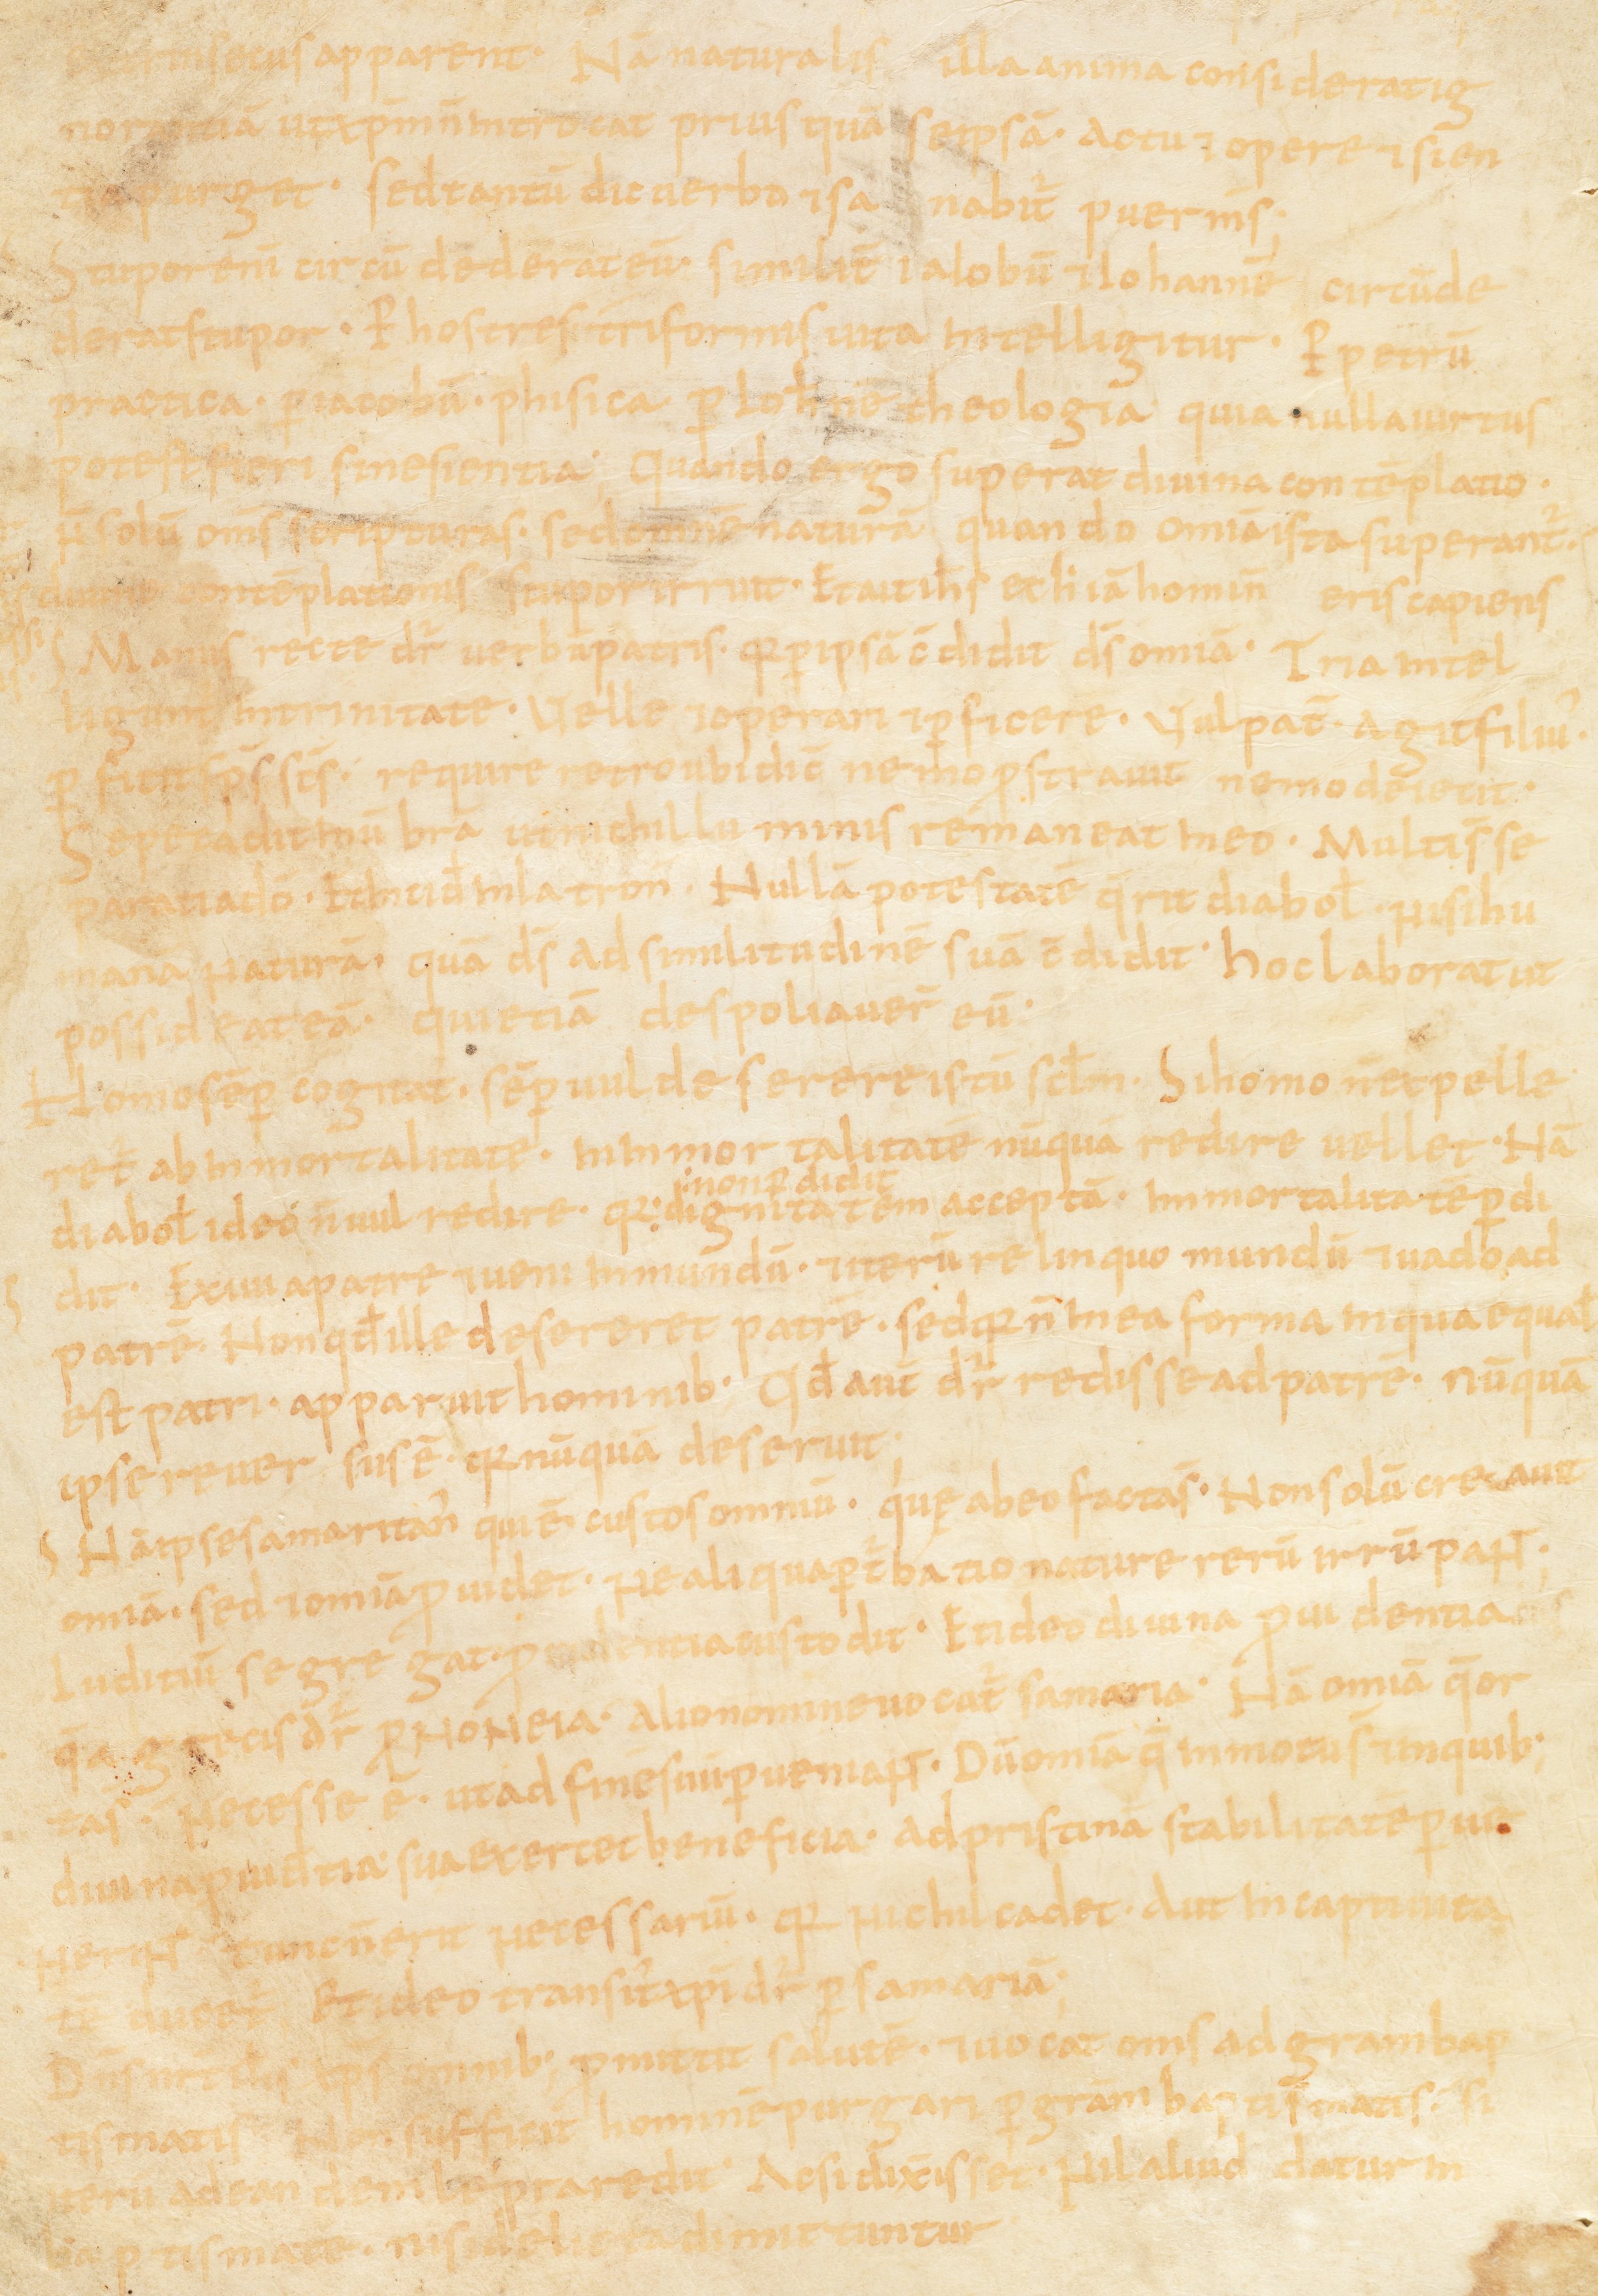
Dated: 867–949